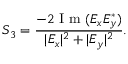
S _ { 3 } = \frac { - 2 \textrm { I m } ( E _ { x } E _ { y } ^ { * } ) } { \lvert E _ { x } \rvert ^ { 2 } + \lvert E _ { y } \rvert ^ { 2 } } .